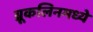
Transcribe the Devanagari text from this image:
ब्रूकलिनमध्ये